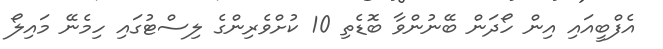
އެފްބީއައި އިން ހޯދަން ބޭނުންވާ ބޮޑެތި 10 ކުށްވެރިންގެ ލިސްޓުގައި ހިމެނޭ މައިލޯ